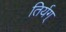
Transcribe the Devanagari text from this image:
तिर्यग्